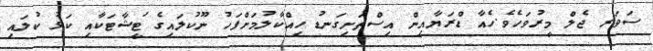
ސަވަރ ޖެލް މީރުވަހެެެެވެ.ހެއާ ޑްރަޔާއިން އިސްތަށިގަނޑު ހިއްކާލުމަށްފަހު ނޫކުލައިގެ ަޓީޝާޓަކާާއި ކަޅު ކުލައި